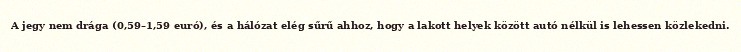
A jegy nem drága (0,59–1,59 euró), és a hálózat elég sűrű ahhoz, hogy a lakott helyek között autó nélkül is lehessen közlekedni.